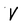
Character: V